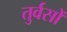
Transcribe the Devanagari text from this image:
तुर्वसों